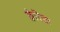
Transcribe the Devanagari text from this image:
क्लैरिसा